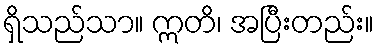
ရှိသည်သာ။ ဣတိ၊ အပြီးတည်း။